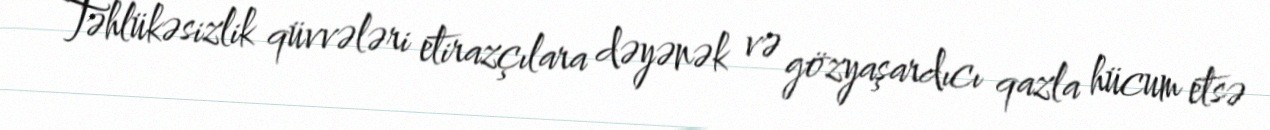
Təhlükəsizlik qüvvələri etirazçılara dəyənək və gözyaşardıcı qazla hücum etsə